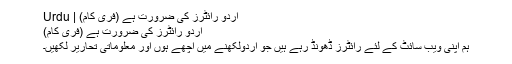
اردو رائٹرز کی ضرورت ہے (فری کام) | Urdu
اردو رائٹرز کی ضرورت ہے (فری کام)
ہم اپنی ویب سائٹ کے لئے رائٹرز ڈھونڈ رہے ہیں جو اردولکھنے میں اچھے ہوں اور معلوماتی تحاریر لکھیں۔